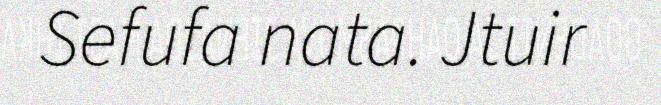
Sefufa nata. Jtuir